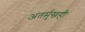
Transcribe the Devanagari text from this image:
अंतर्मुखही